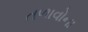
તળાવોના